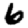
Digit: 6